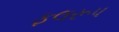
ફલરૂપ